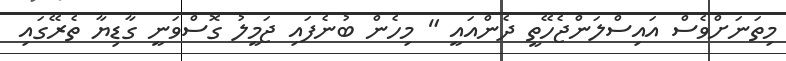
މިތަނަށްވެސް އައިސްލަންޖެހޭތީ ދެންއައީ " މިހެން ބުނެފައި ޖަމީލު ގޮސްވަނީ ގާޑިޔާ ތެރޭގައި